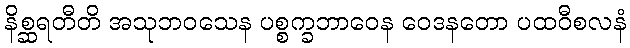
နိစ္ဆရတီတိ အသုဘဝသေန ပစ္စက္ခဘာဝေန ဝေဒနတော ပထဝီစလနံ